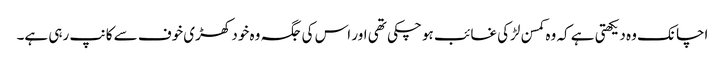
اچانک وہ دیکھتی ہے کہ وہ کمسن لڑکی غائب ہو چکی تھی اور اس کی جگہ وہ خود کھڑی خوف سے کانپ رہی ہے۔